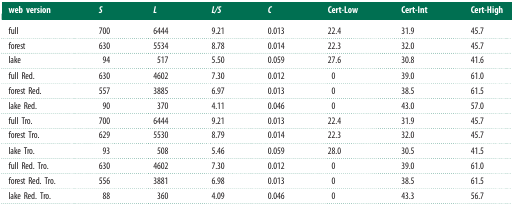
<table><thead><tr><td><b>web version</b></td><td><b><i>S</i></b></td><td><b><i>L</i></b></td><td><b><i>L/S</i></b></td><td><b><i>C</i></b></td><td><b>Cert-Low</b></td><td><b>Cert-Int</b></td><td><b>Cert-High</b></td></tr></thead><tbody><tr><td>full</td><td>700</td><td>6444</td><td>9.21</td><td>0.013</td><td>22.4</td><td>31.9</td><td>45.7</td></tr><tr><td>forest</td><td>630</td><td>5534</td><td>8.78</td><td>0.014</td><td>22.3</td><td>32.0</td><td>45.7</td></tr><tr><td>lake</td><td>94</td><td>517</td><td>5.50</td><td>0.059</td><td>27.6</td><td>30.8</td><td>41.6</td></tr><tr><td>full Red.</td><td>630</td><td>4602</td><td>7.30</td><td>0.012</td><td>0</td><td>39.0</td><td>61.0</td></tr><tr><td>forest Red.</td><td>557</td><td>3885</td><td>6.97</td><td>0.013</td><td>0</td><td>38.5</td><td>61.5</td></tr><tr><td>lake Red.</td><td>90</td><td>370</td><td>4.11</td><td>0.046</td><td>0</td><td>43.0</td><td>57.0</td></tr><tr><td>full Tro.</td><td>700</td><td>6444</td><td>9.21</td><td>0.013</td><td>22.4</td><td>31.9</td><td>45.7</td></tr><tr><td>forest Tro.</td><td>629</td><td>5530</td><td>8.79</td><td>0.014</td><td>22.3</td><td>32.0</td><td>45.7</td></tr><tr><td>lake Tro.</td><td>93</td><td>508</td><td>5.46</td><td>0.059</td><td>28.0</td><td>30.5</td><td>41.5</td></tr><tr><td>full Red. Tro.</td><td>630</td><td>4602</td><td>7.30</td><td>0.012</td><td>0</td><td>39.0</td><td>61.0</td></tr><tr><td>forest Red. Tro.</td><td>556</td><td>3881</td><td>6.98</td><td>0.013</td><td>0</td><td>38.5</td><td>61.5</td></tr><tr><td>lake Red. Tro.</td><td>88</td><td>360</td><td>4.09</td><td>0.046</td><td>0</td><td>43.3</td><td>56.7</td></tr></tbody></table>